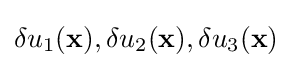
\delta {u}_{1}({\bf {x}}),\delta {u}_{2}({\bf {x}}),\delta {u}_{3}({\bf {x}})